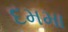
દમમા